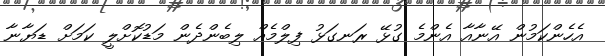
އެހެންކަމުން އޭނާއާ އެންމެ ގުޅޭ ރަނގަޅު ފިލްމެއް ލިބެންދެން މަޑުކޮށްލީ ކަމަށް ޑަޔާނާ